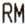
RM